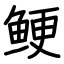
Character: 鲠